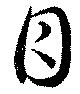
目